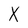
Character: X